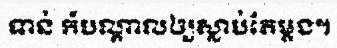
ទាន់ ក៍បណ្តាលឲ្យស្លាប់តែម្តង។